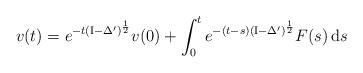
LaTeX: \begin{align*} v(t) = e^{-t(\mathrm{I}-\Delta')^\frac{1}{2}}v(0) + \int_{0}^{t} e^{-(t-s)(\mathrm{I}-\Delta')^\frac{1}{2}}F(s) \,\mathrm{d}s\end{align*}